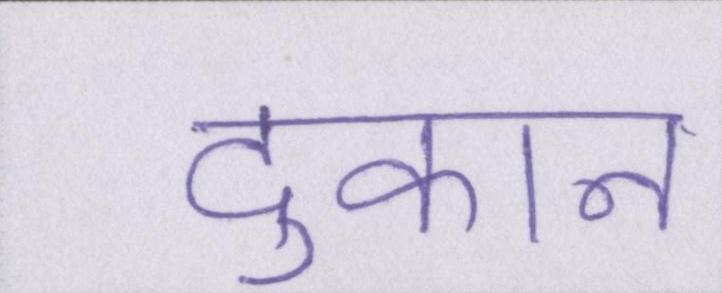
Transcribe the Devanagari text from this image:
दुकान